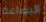
البضاعة